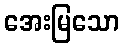
အေးမြသော